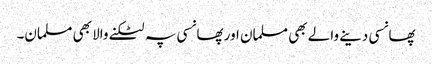
پھانسی دینے والے بھی مسلمان اور پھانسی پہ لٹکنے والا بھی مسلمان۔